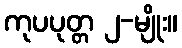
ကုပပုတ္တ ၂-မျိုး။